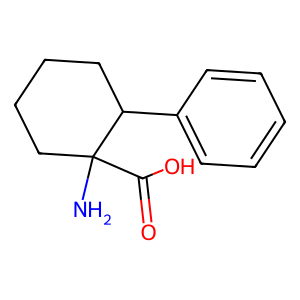
SMILES: NC1(C(=O)O)CCCCC1c1ccccc1
Inhibits HIV replication: No